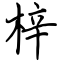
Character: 梓